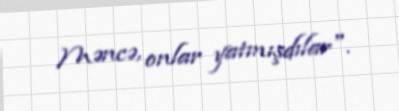
Məncə, onlar yatmışdılar".